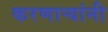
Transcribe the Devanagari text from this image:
करणार्‍यांनी